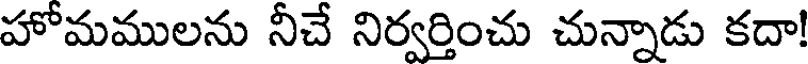
హోమములను నీచే నిర్వర్తించు చున్నాడు కదా!